FBI Photo B7
Agency: FBI
Incident date: Late 2025
Incident location: Western United States
Page 1
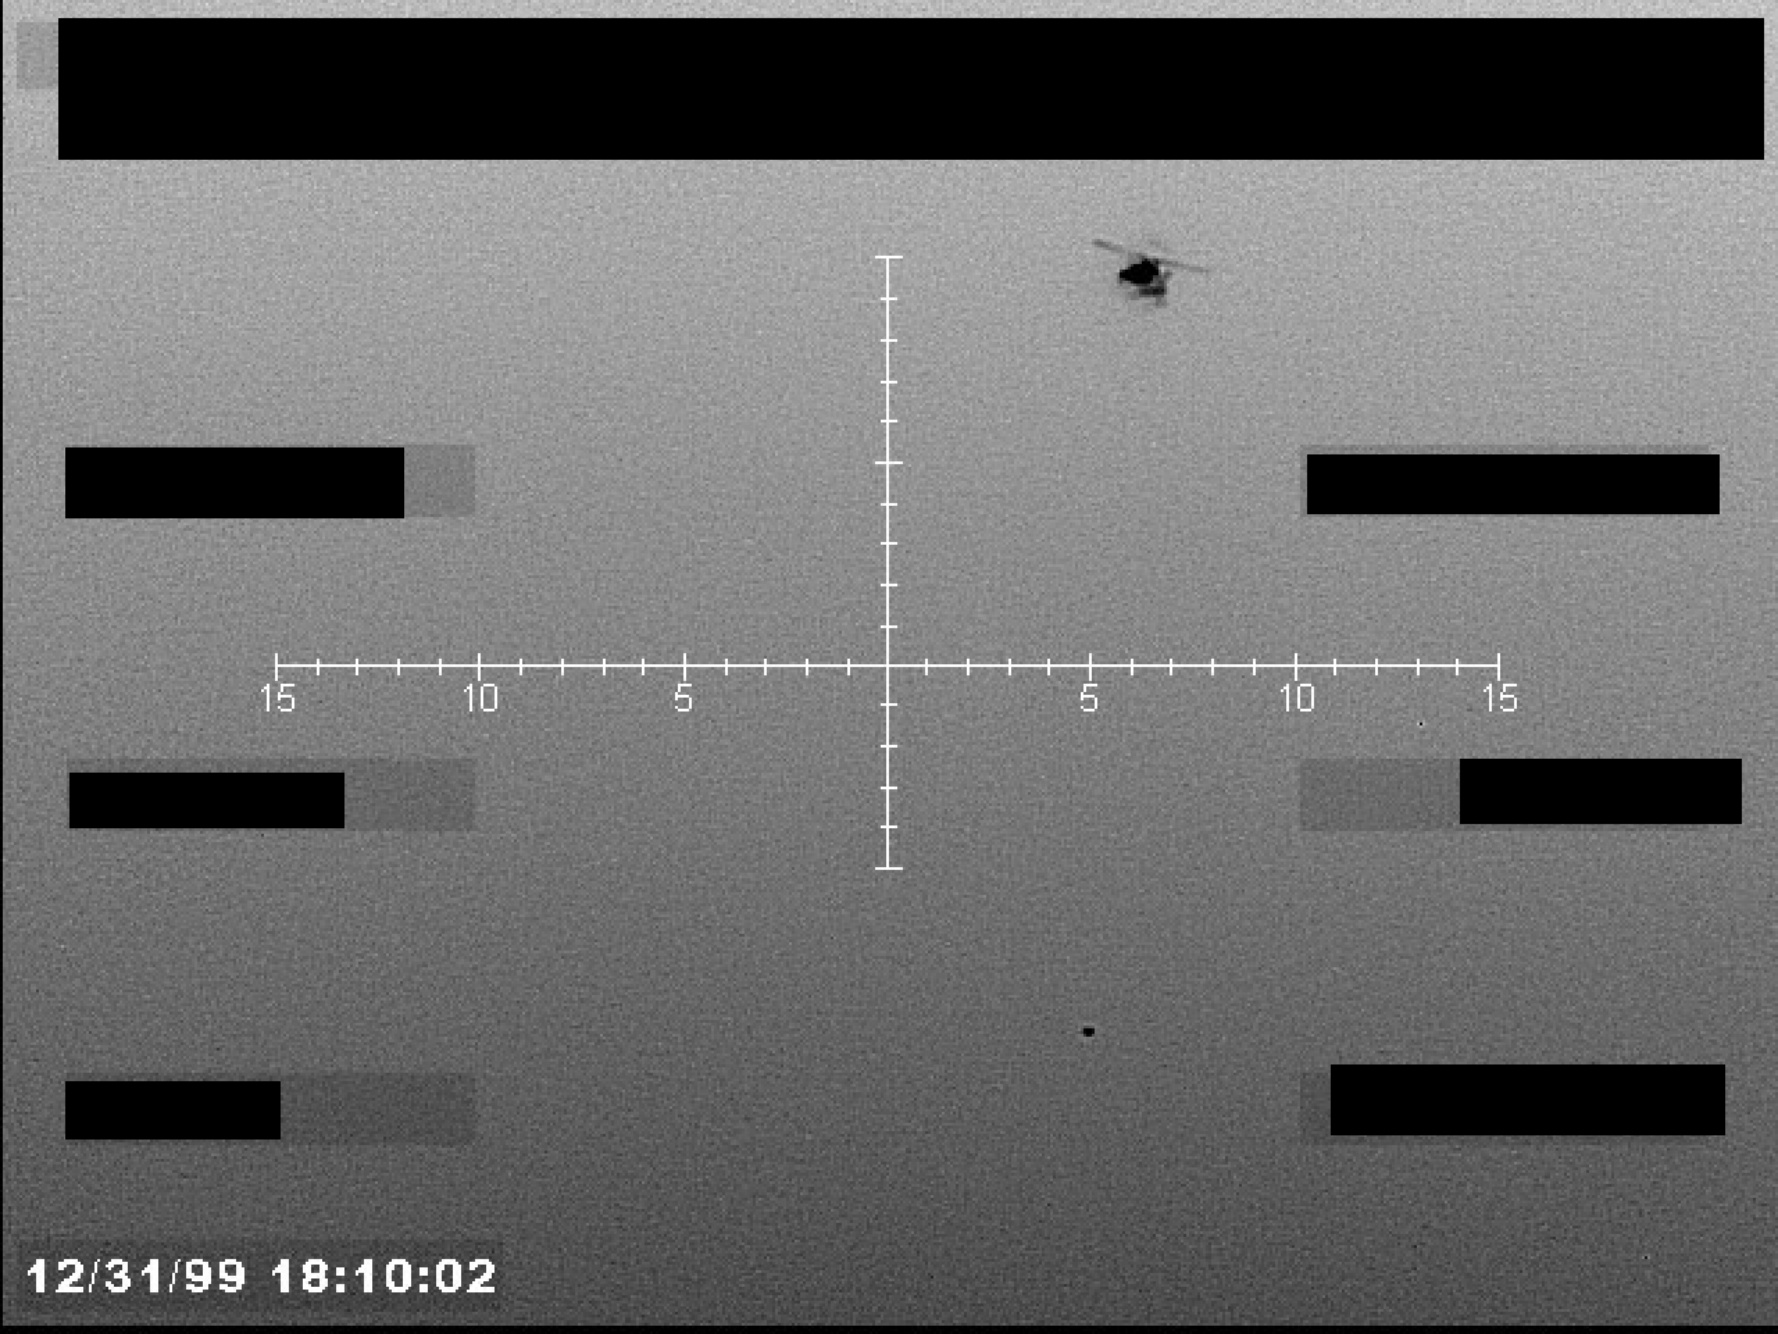